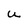
Character: u